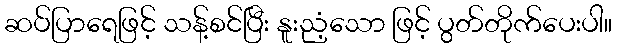
ဆပ်ပြာရေဖြင့် သန့်စင်ပြီး နူးညံ့သော ဖြင့် ပွတ်တိုက်ပေးပါ။